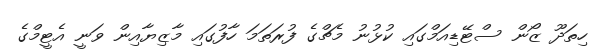
ހިތަދޫ ޒޯން ސްޓޭޑިއަމްގައި ކުޅުނު މެޗްގެ ފުރަތަމަ ހާފުގައި މާޒިޔާއިން ވަނީ އެޓީމްގެ